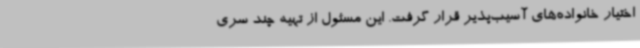
اختیار خانواده‌های آسیب‌پذیر قرار گرفت. این مسئول از تهیه چند سری